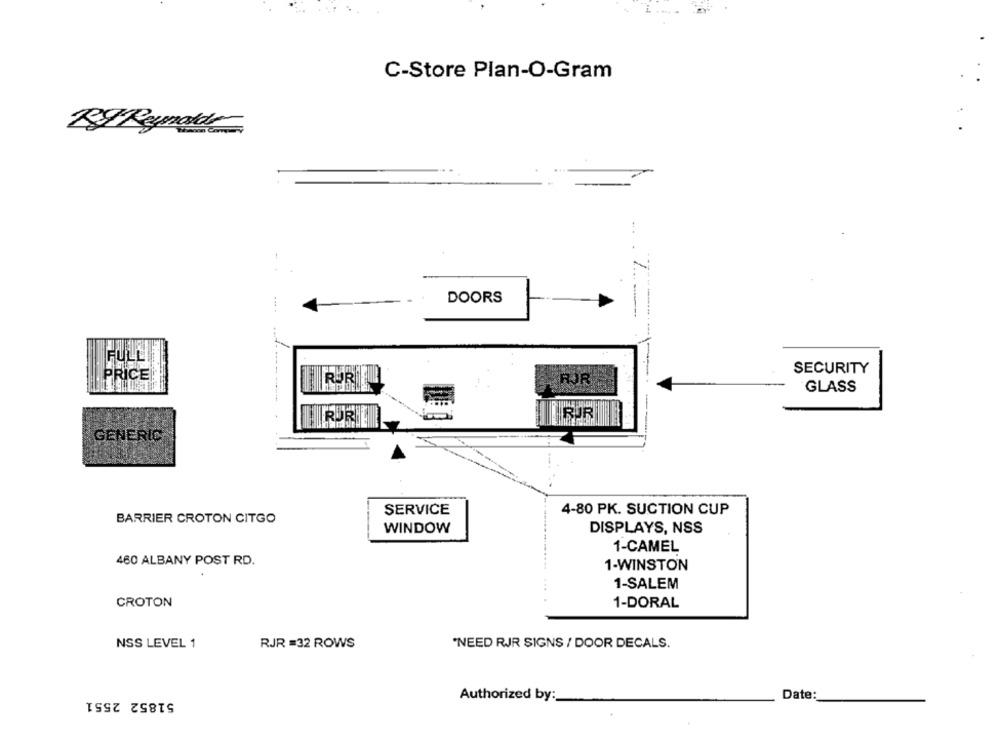
C-Store Plan-O-Gram
89 Reynolds
DOORS
FULL
--
SECURITY
PRICE
RUR
RJR
GLASS
RUR
GENERIC
SERVICE
4-80 PK. SUCTION CUP
BARRIER CROTON CITGO
WINDOW
DISPLAYS, NSS
1-CAMEL
460 ALBANY POST RD.
1-WINSTON
1-SALEM
CROTON
1-DORAL
NSS LEVEL 1
RJR =32 ROWS
"NEED RJR SIGNS / DOOR DECALS.
51852 2551
Authorized by:
Date: